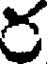
ర